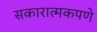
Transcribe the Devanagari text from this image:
सकारात्मकपणे